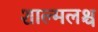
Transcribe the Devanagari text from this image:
शाल्मलश्च